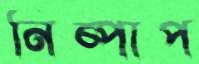
নিষ্পাপ